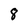
Character: 8